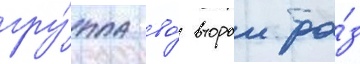
гру́ппа во́ второи ра́з